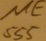
Text: NE555